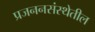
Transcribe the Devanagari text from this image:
प्रजननसंस्थेतील